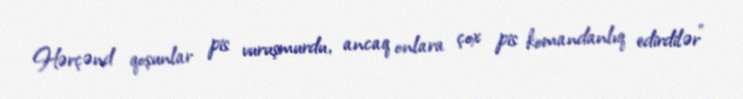
Hərçənd qoşunlar pis vuruşmurdu, ancaq onlara çox pis komandanlıq edirdilər”